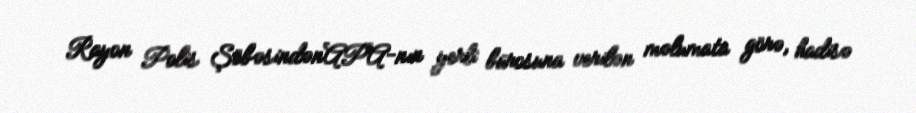
Rayon Polis ŞöbəsindənAPA-nın yerli bürosuna verilən məlumata görə, hadisə